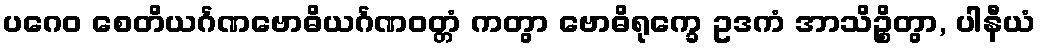
ပဂေဝ စေတိယင်္ဂဏဗောဓိယင်္ဂဏဝတ္တံ ကတွာ ဗောဓိရုက္ခေ ဥဒကံ အာသိဉ္စိတွာ, ပါနီယံ